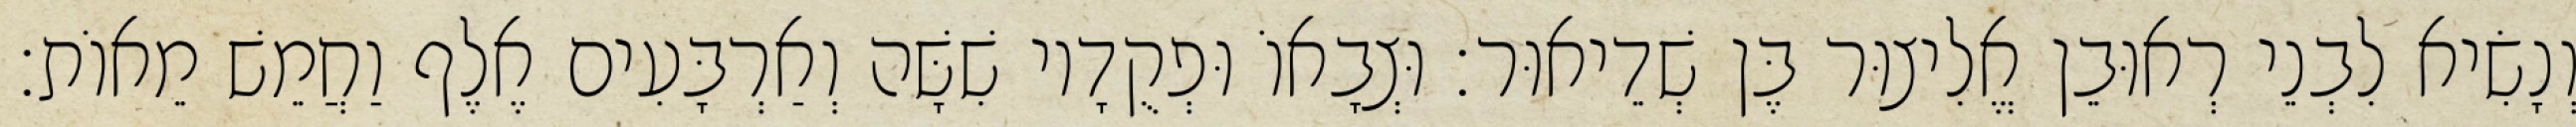
וְנָשִׂיא לִבְנֵי רְאוּבֵן אֱלִיצוּר בֶּן שְׁדֵיאוּר׃ וּצְבָאוֹ וּפְקֻדָיו שִׁשָּׁה וְאַרְבָּעִים אֶלֶף וַחֲמֵשׁ מֵאוֹת׃